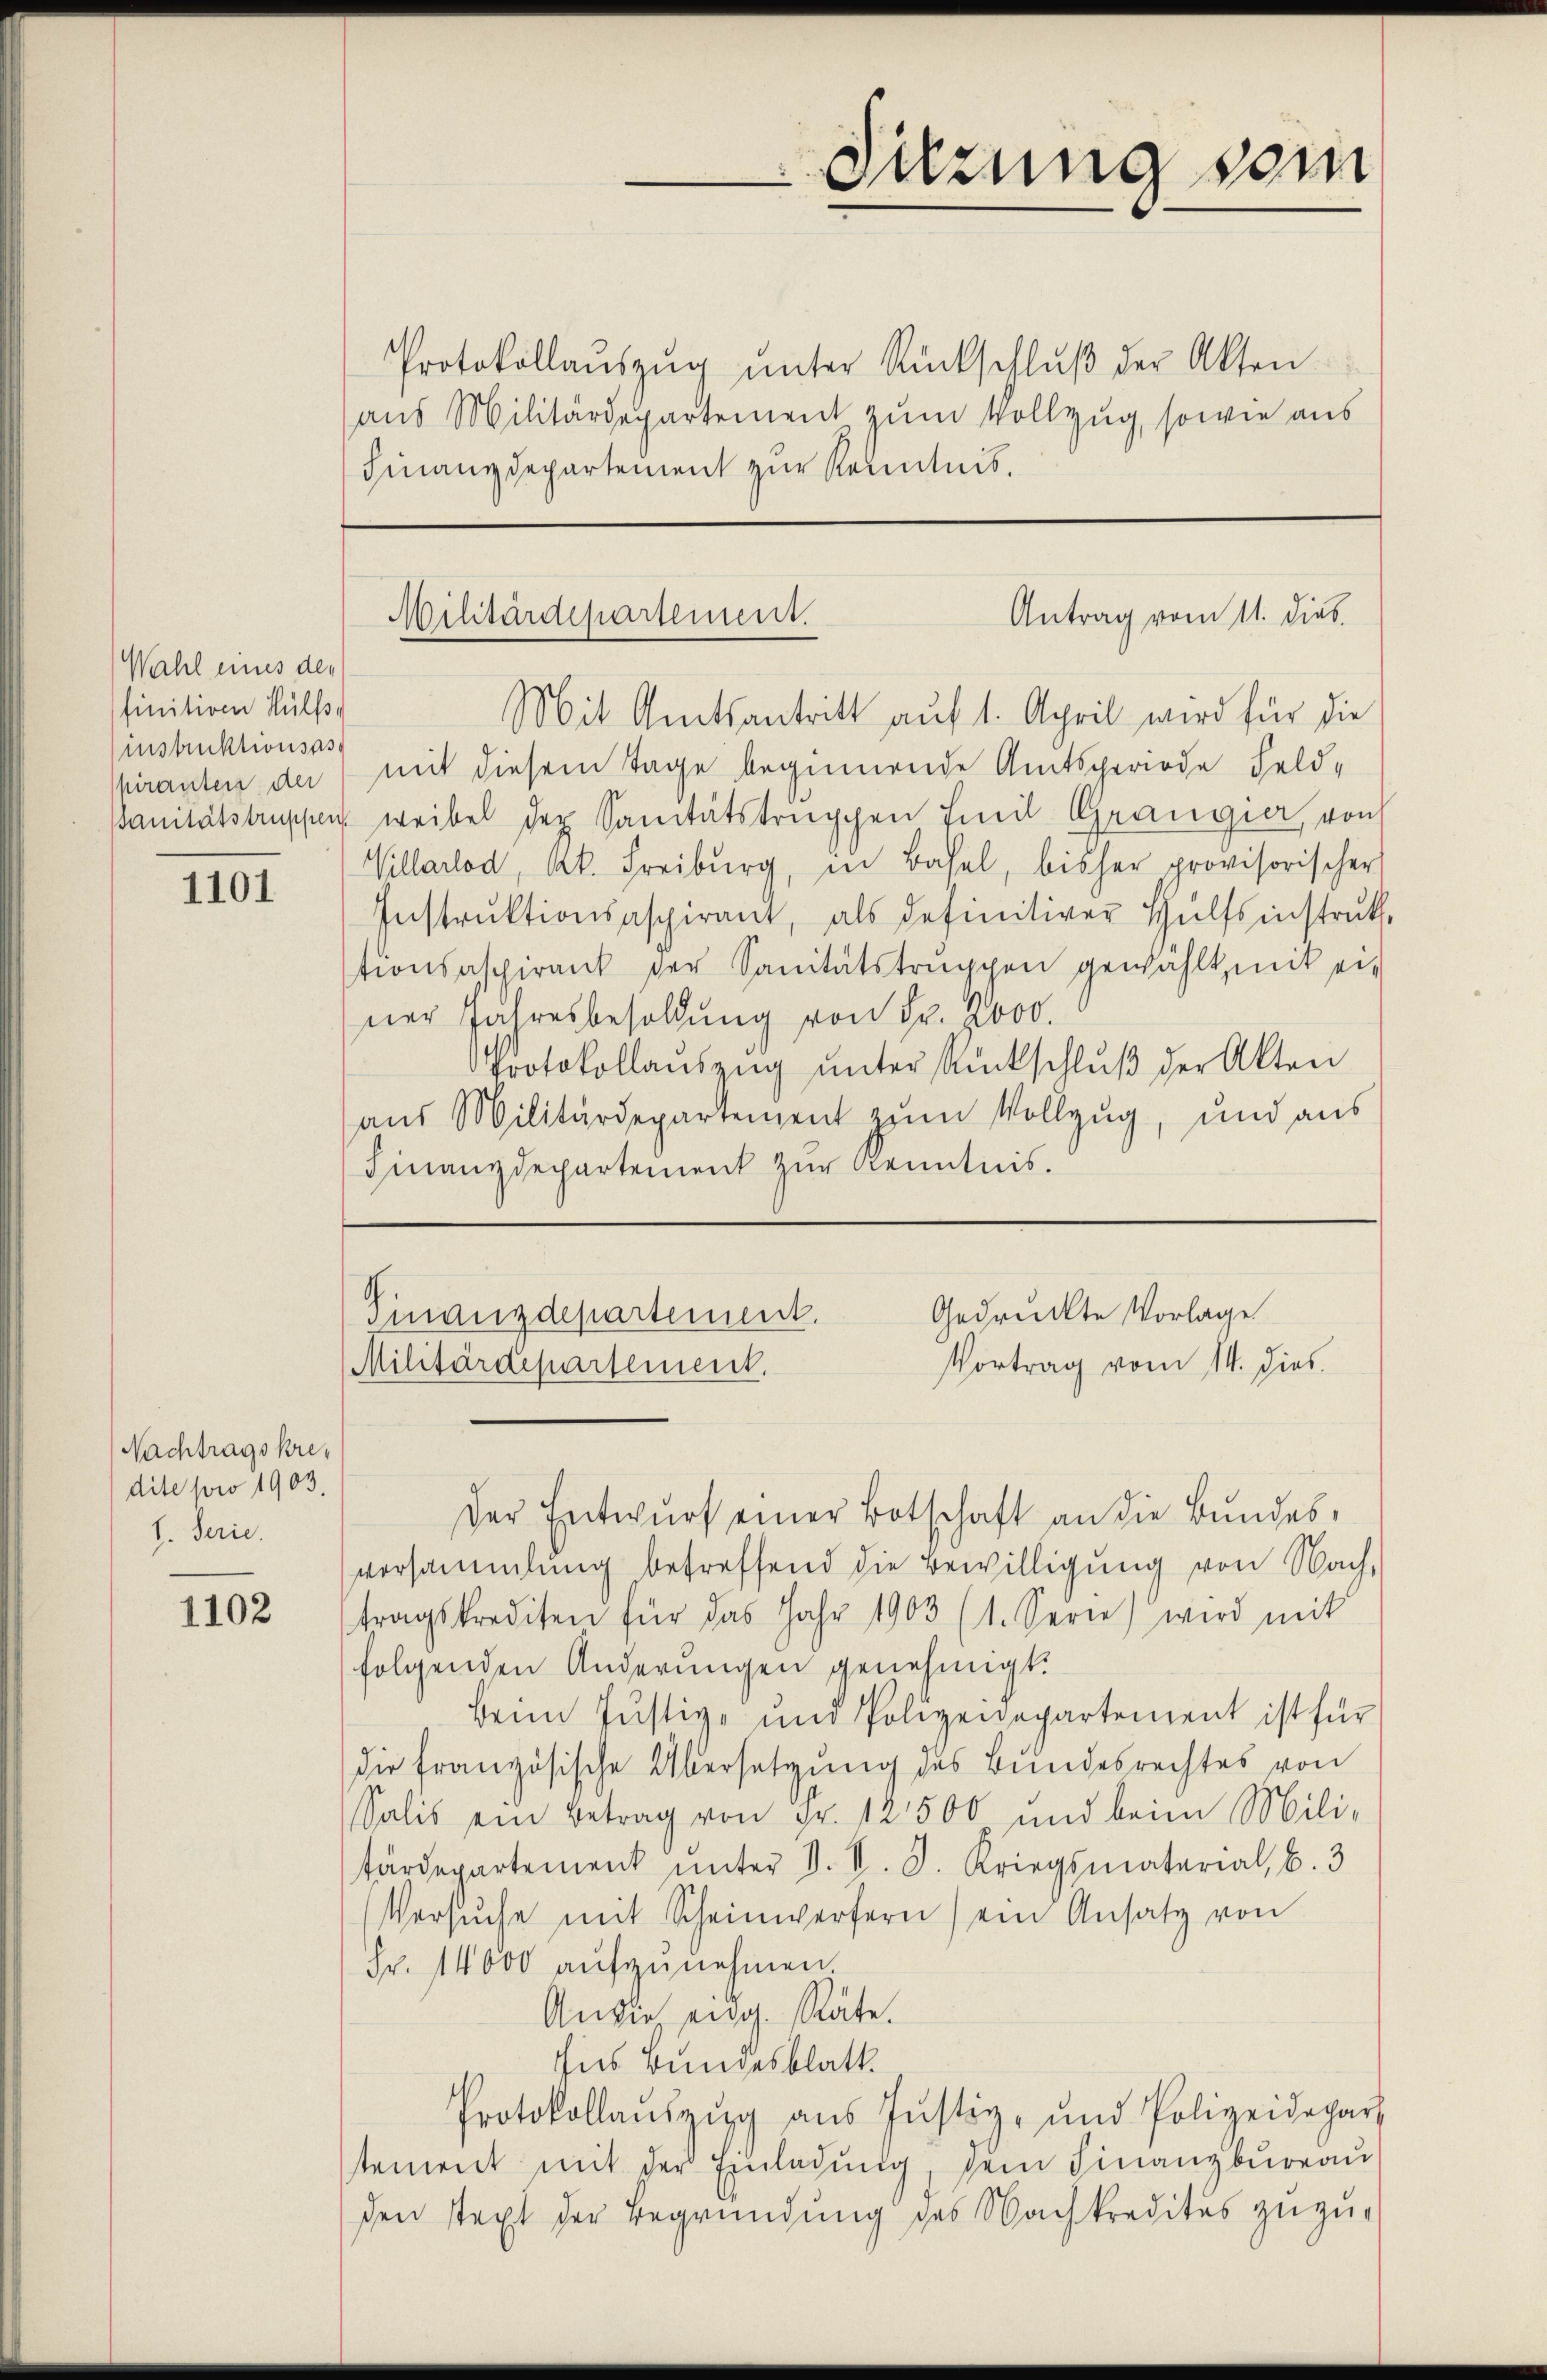
Wahl eines der
finitiven Hülf
instruktionsass
hiranten der

1101

Nachtragskredite pro 1903.
1. Ferie.

1102

Protokollaŭszŭg ŭnter Rückschlŭβ der Akten
aus Militärdepartement zum Vollzug, sowie aus
Finanzdepartement zur Kenntnis.

Mit Amtsantritt auf 1. April wird für die
mit diesem Tage beginnende Amtsperiode Feld-
Sanitätstruppe weibel der Sanitätstruppen Emil Grangier, von
Villarlod, kk. Freiburg, in Basel, bisher provisorischer
Instrŭktionsaspirant, als definitiver Hülfsinstrŭk-
tionsaspirant der Sanitätstruppen gewählt, mit ei-
ner Jahresbesoldung von Fr. 2000.
Protokollaŭszŭg ŭnter Rückschlŭβ der Akten
aŭs Militärdepartement zŭm Vollzug, und aŭs
Finanzdepartement zur Kenntnis.

Sitzung vom

Antrag vom 11. Dieb
Militärdepartement.

Gedrückte Vorlage
Finanzdepartement.
Vortrag vom 14. dies
Militärdepartement.

Der Entwurf einer Botschaft an die Bundesversammlung betreffend die Bewilligung von Nach-
tragskrediten für das Jahr 1903 (1. Serie) wird mit
folgenden Änderungen genehmigt.
Beim Justiz- und Polizeidepartement ist für
die französische Übersetzung des Bundesrechtes von
Salis ein Betrag von Fr. 12500 und beim Mili-
tärdepartement ŭnter S. V. D. Kriegsmaterial, B. 3
Versŭche mit Scheinwerfern ein Ansatz von
Fr. 14000 aŭfzŭnehmen.
Andie eidg. Räte.
sis Bundesblatt.
Protokollaŭszŭg aŭs Jŭstiz- und Polizeidepart
stement mit der Einladŭng, dem Finanzbureau
den stext der Begründung des Nachkreditus zuzu¬